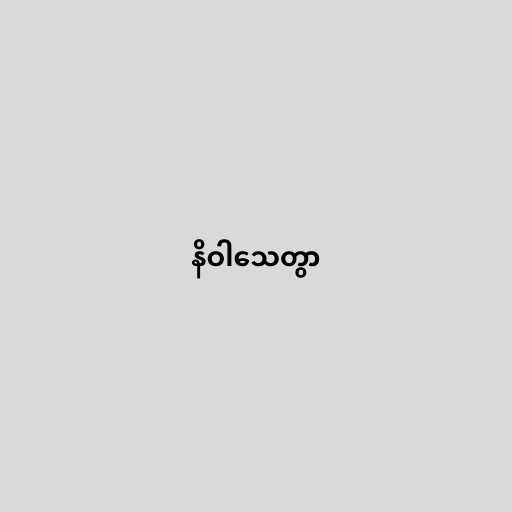
နိဝါသေတွာ